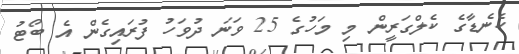
ކެނެޑާގެ ކެލްގަރީން މި މަހުގެ 25 ވަނަ ދުވަހު ފުރައިގެން އެ ބޯޓު